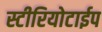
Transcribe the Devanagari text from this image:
स्टीरियोटाईप